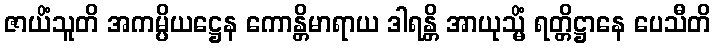
ဇာယိံသူတိ အကမ္ပိယဋ္ဌေန ကောန္တိမာရာယ ဒါရန္တိ အာယုသ္မိံ ရတ္တိဋ္ဌာနေ ပေသီတိ